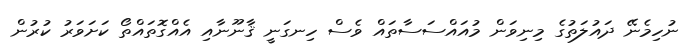
ނުހިމެނޭ ދައުލަތުގެ މިނިވަން މުއައްސަސާތައް ވެސް ހިނގަނީ ޤާނޫނާއި އެއްގޮތައްތޯ ކަށަވަރު ކުރުން